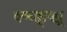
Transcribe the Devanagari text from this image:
क्ष्च्क्क्ष्क्ष्